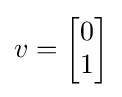
v={\begin{bmatrix}0\\1\end{bmatrix}}